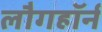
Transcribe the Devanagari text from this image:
लौगहॉर्न